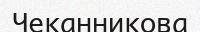
Чеканникова